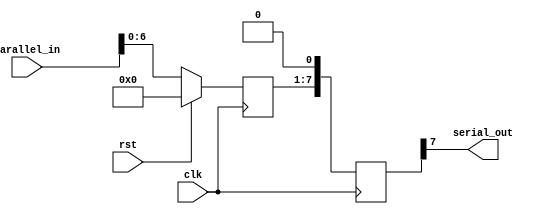
module piso_shift_register (
  input clk,
  input rst,
  input [7:0] parallel_in,
  output serial_out
);

reg [7:0] data;
reg [7:0] shift;

always @(posedge clk) begin
  if (rst) begin
    data <= 8'b00000000;
  end else begin
    data <= parallel_in;
  end
  shift <= {data[6:0], 1'b0}; // shift data to the right
end

assign serial_out = shift[7];

endmodule